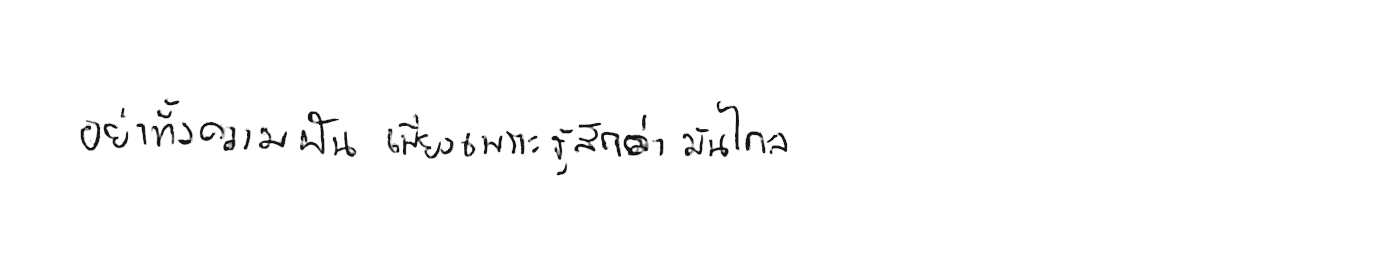
อย่าทิ้งความฝัน เพียงเพราะรู้สึกว่ามันไกล